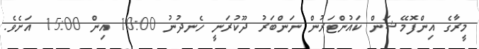
މީރާގެ އިންފޮމޭޝަން ކައުންޓަރުން ނަންބަރު ދޫކުރަނީ ހެނދުނު 10:00 އިން 15:00 އަށެވެ.